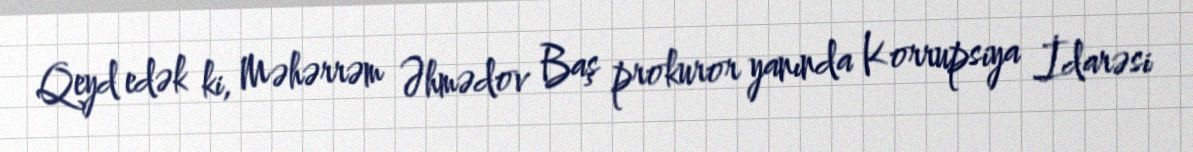
Qeyd edək ki, Məhərrəm Əhmədov Baş prokuror yanında Korrupsiya İdarəsi